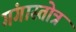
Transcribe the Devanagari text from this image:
गंगास्तोत्र